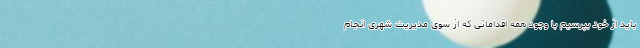
باید از خود بپرسیم با وجود همه اقداماتی که از سوی مدیریت شهری انجام